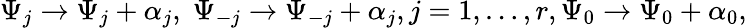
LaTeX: \Psi_{j}\rightarrow\Psi_{j}+\alpha_{j},\; \Psi_{-j}\rightarrow\Psi_{-j}+\alpha_{j},j=1,\ldots,r,\Psi_{0}\rightarrow\Psi_{0}+\alpha_{0},